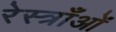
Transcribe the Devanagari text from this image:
रेस्त्राँओं